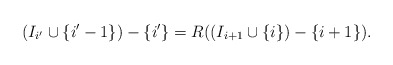
\begin{align*} (I_{i'} \cup \{i'-1\}) - \{i'\} = R((I_{i+1} \cup \{i\}) - \{i+1\}).\end{align*}